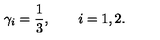
\gamma _ { i } = \frac { 1 } { 3 } , \qquad i = 1 , 2 .